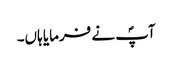
آپؐ نے فرمایا ہاں۔